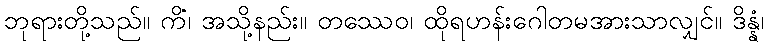
ဘုရားတို့သည်။ ကိံ၊ အသို့နည်း။ တဿေဝ၊ ထိုရဟန်းဂေါတမအားသာလျှင်။ ဒိန္နံ၊